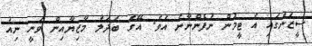
ސީޒަނުގައި އެ ޓީމުން ނުފެންނާނެ އެވެ. އޭގެ ބަދަލު މާޒިޔާއިން ވަނީ ނިއު